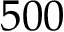
5 0 0